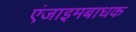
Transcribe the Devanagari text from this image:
एंजाइमबाधक